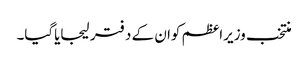
منتخب وزیراعظم کوان کے دفتر لیجایاگیا۔